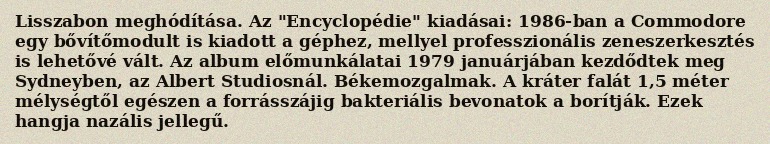
Lisszabon meghódítása. Az "Encyclopédie" kiadásai: 1986-ban a Commodore egy bővítőmodult is kiadott a géphez, mellyel professzionális zeneszerkesztés is lehetővé vált. Az album előmunkálatai 1979 januárjában kezdődtek meg Sydneyben, az Albert Studiosnál. Békemozgalmak. A kráter falát 1,5 méter mélységtől egészen a forrásszájig bakteriális bevonatok a borítják. Ezek hangja nazális jellegű.